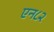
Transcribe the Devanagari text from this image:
एन८२